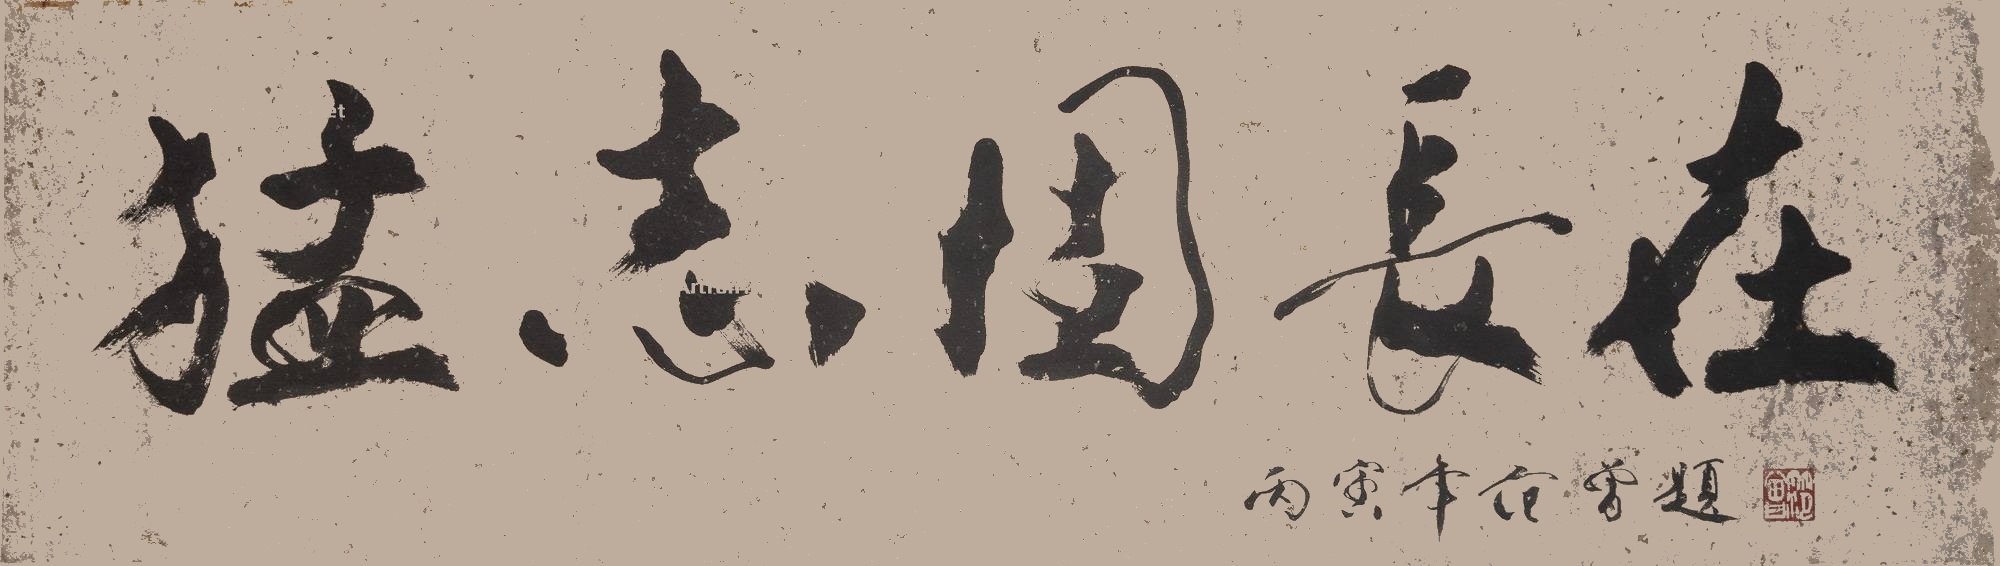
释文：猛志固长在丙寅年范增题